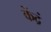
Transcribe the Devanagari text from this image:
केंद्रं